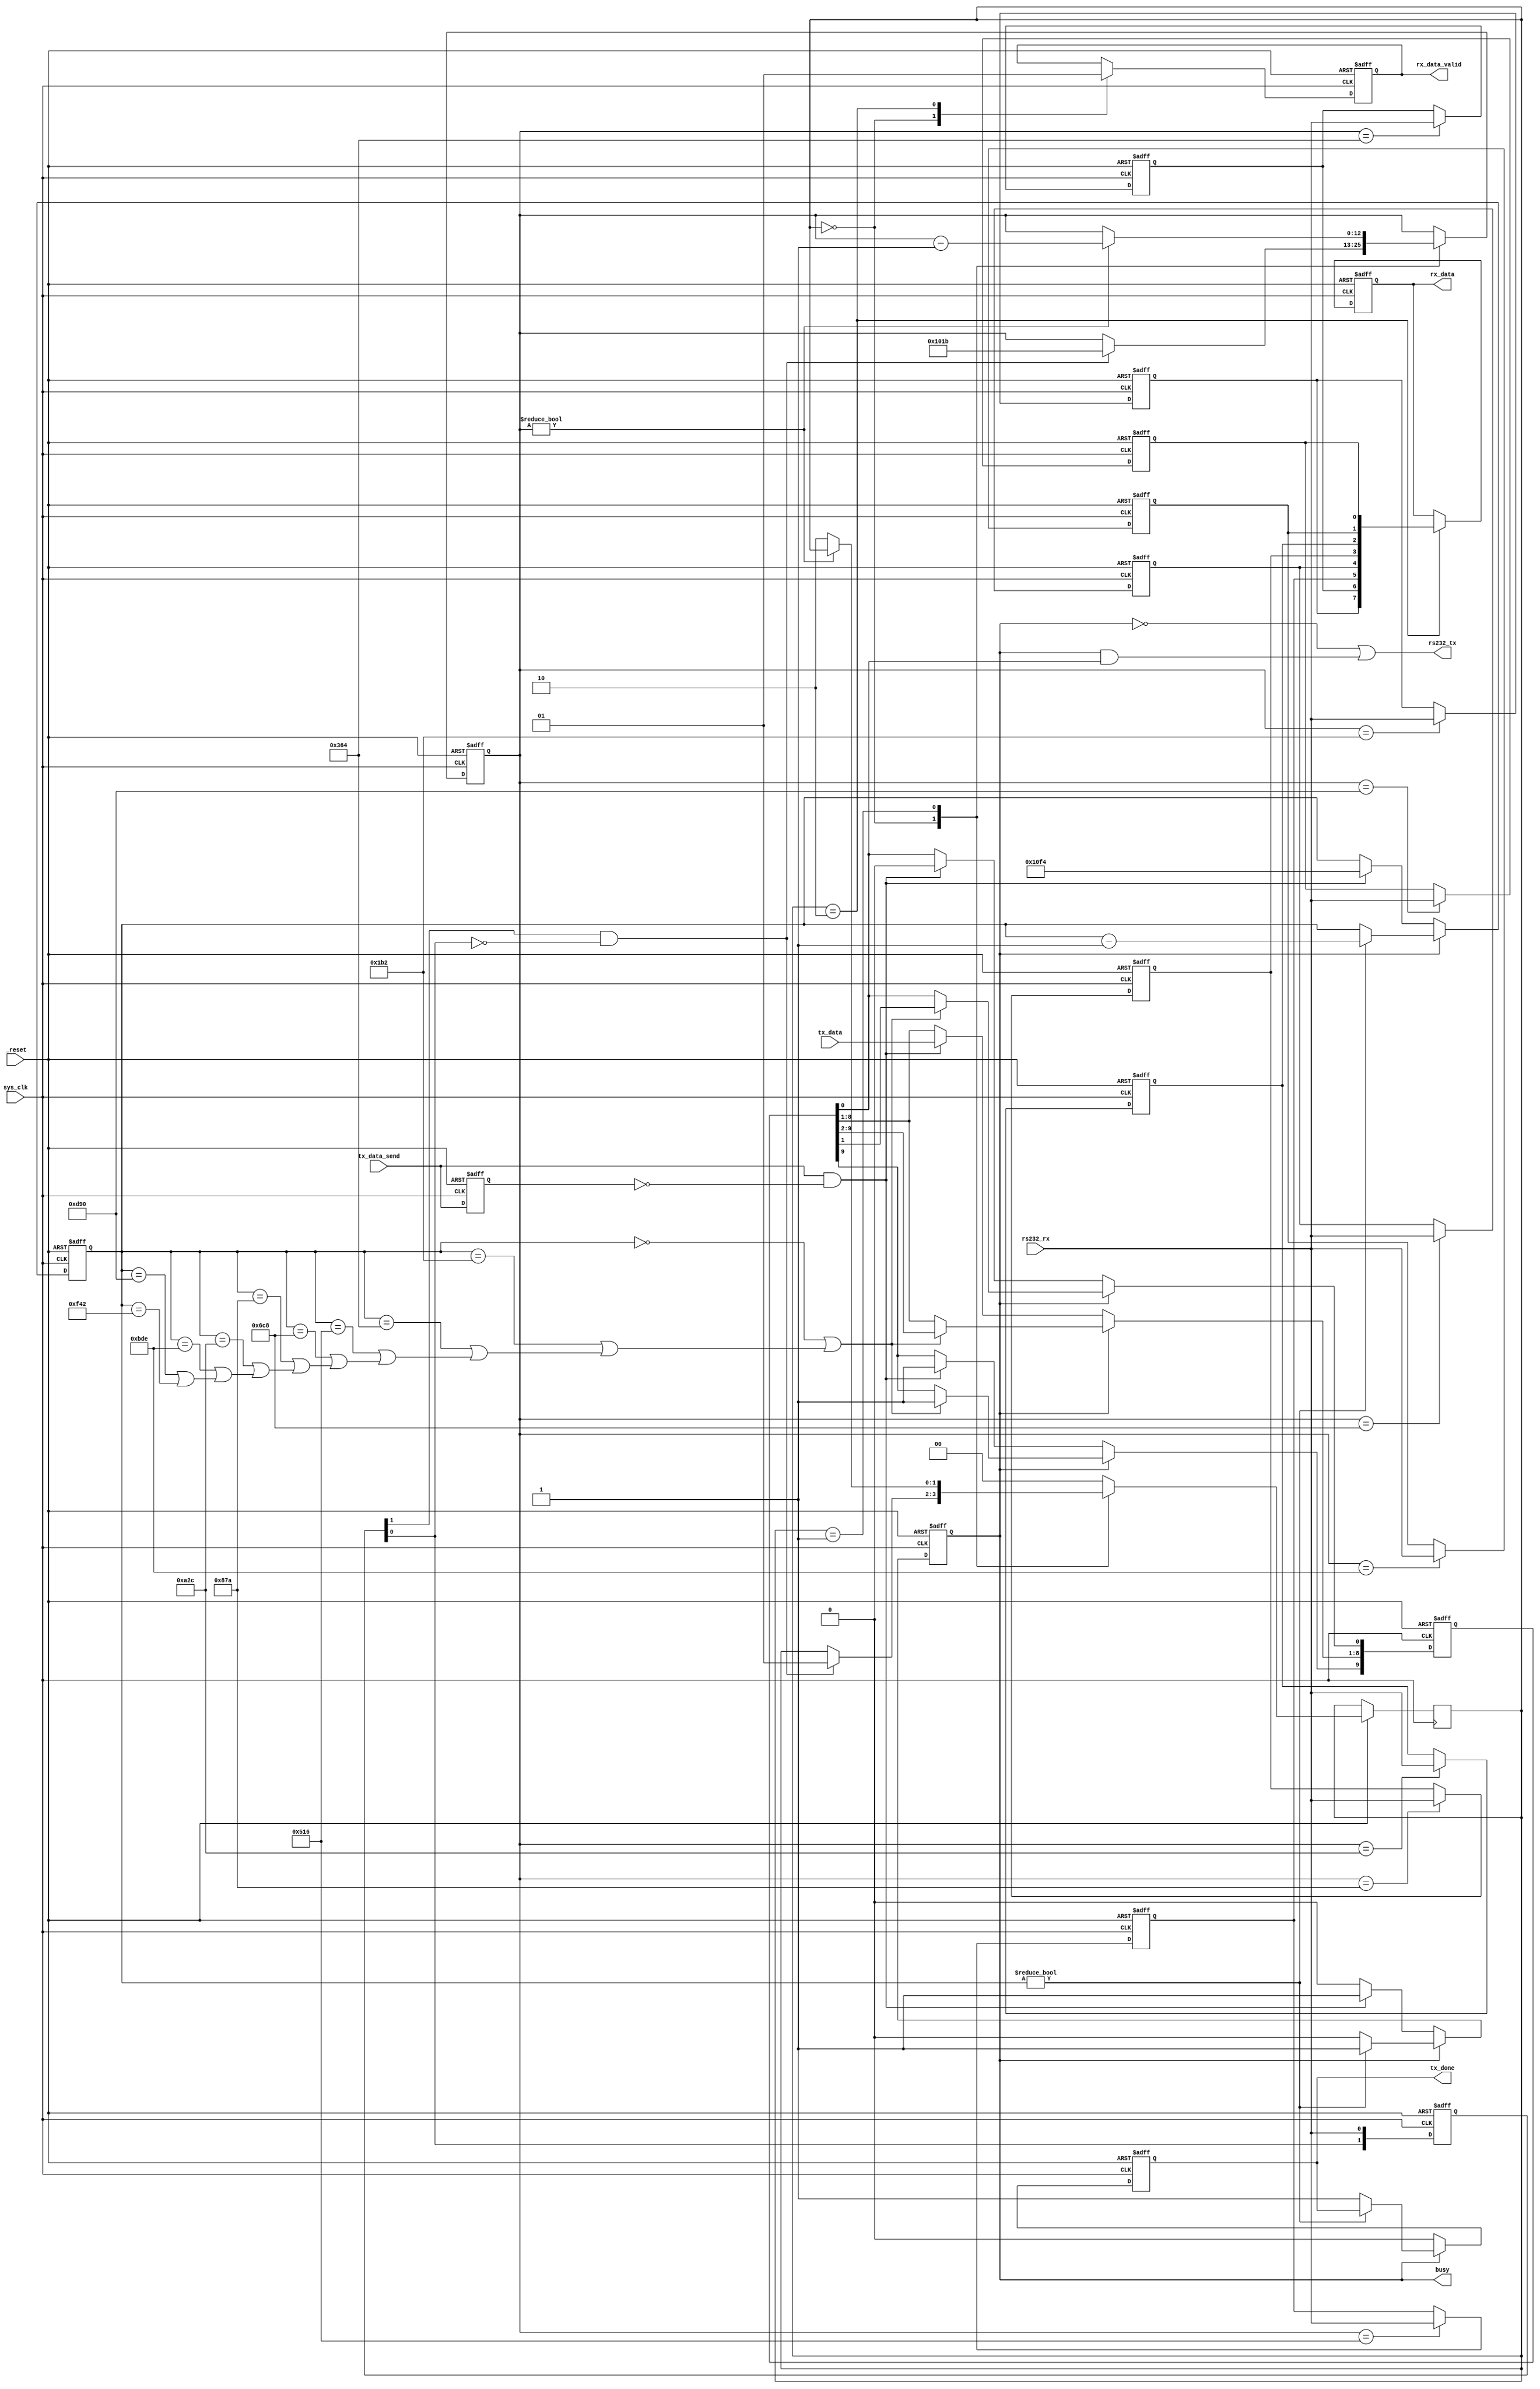
`timescale 1ns / 1ps
//////////////////////////////////////////////////////////////////////////////////
// A simple rs232 decoder
//
//////////////////////////////////////////////////////////////////////////////////

module fcl_uart_rs232
	//------------------------------------------------------
	//--				External Parameters			 	  --
	//------------------------------------------------------
#(
    parameter integer INPUT_CLOCK_SPEED = 50000000,
	parameter integer BAUD_RATE = 115200,
	parameter integer DATA_BITS = 8,
	parameter integer STOP_BITS = 1
)
	
	//------------------------------------------------------
	//--					Ports					 	  --
	//------------------------------------------------------
(
    input 	wire 			rs232_rx,
    output  wire			rs232_tx,
    output 	wire	[7:0] 	rx_data,
	output 	wire			rx_data_valid,
    input 	wire	[7:0] 	tx_data,
	input 	wire			tx_data_send,
	output 	wire			tx_done,
	output 	wire			busy,
    input 	wire			_reset,
    input 	wire			sys_clk
);
	
	
	//------------------------------------------------------
	//--				Local Parameters			 	  --
	//------------------------------------------------------
	localparam WHOLE_BIT_COUNT = INPUT_CLOCK_SPEED / BAUD_RATE;
	localparam HALF_BIT_COUNT = WHOLE_BIT_COUNT / 2;
	localparam COUNTER_WIDTH = clogb2(WHOLE_BIT_COUNT*(DATA_BITS+STOP_BITS+1));
	
	
	//------------------------------------------------------
	//--				Rx Path Variables			 	  --
	//------------------------------------------------------
	reg [(DATA_BITS-1):0] rx_data_reg;
	reg [(DATA_BITS-1):0] rx_data_buf;
	reg [1:0] rs232_rx_buf = 2'b11;
	wire rs232_rx_fe;
	reg rd_data_valid_buf;
	reg [(COUNTER_WIDTH-1):0] rx_counter;
	
	reg [1:0] rxsm_control;
	localparam  rxsm_idle = 0;
	localparam  rxsm_read = 1;
	localparam  rxsm_done = 2;
	
	
	//------------------------------------------------------
	//--				  Rx Path Logic 		 		  --
	//------------------------------------------------------
	//Falling edge on rs232 rx inticates the beginning of a packet
	always @(posedge sys_clk or negedge _reset) begin
		if (!_reset) begin
			rs232_rx_buf[1:0] <= 2'b11;
		end else begin
			rs232_rx_buf[0] <= rs232_rx;
			rs232_rx_buf[1] <= rs232_rx_buf[0];
		end
	end
	
	assign rs232_rx_fe = rs232_rx_buf[1] && !rs232_rx_buf[0];

    //State Machine
	always @(posedge sys_clk or negedge _reset) begin
        if (!_reset) begin
			  rx_data_buf[7:0] <= 8'h00;
			  rd_data_valid_buf <= 1'b0;
			  rx_counter <= WHOLE_BIT_COUNT*(DATA_BITS+2);
        end else begin
				case(rxsm_control)
					rxsm_idle: begin
						if (rs232_rx_fe) begin
							rxsm_control <= rxsm_read;
							rx_counter <= WHOLE_BIT_COUNT*(DATA_BITS+1) + HALF_BIT_COUNT;
						end
						rd_data_valid_buf <= 1'b0;
					end
					rxsm_read: begin
						if (rx_counter != 0)  rx_counter <= rx_counter - 1'b1;
						else rxsm_control <= rxsm_done;
					end
					rxsm_done: begin
						rx_data_buf[7:0] <= rx_data_reg[7:0];
						rd_data_valid_buf <= 1'b1;
						rxsm_control <= rxsm_idle;
					end
					default: rxsm_control <= rxsm_idle;
				endcase
        end
	end

   genvar i;
   generate
      for (i=0; i < 8; i = i+1)  begin: rx_read_enables
			always @(posedge sys_clk or negedge _reset) begin
				if (!_reset) begin
					rx_data_reg[i] <= 1'b0;
				end else begin
					if (rx_counter==((WHOLE_BIT_COUNT*(DATA_BITS+1) + HALF_BIT_COUNT) - (WHOLE_BIT_COUNT*(i+1)) - HALF_BIT_COUNT))  rx_data_reg[i] <= rs232_rx;
				end
			end
      end
   endgenerate
		
	assign rx_data[7:0] = rx_data_buf[7:0];
	assign rx_data_valid = rd_data_valid_buf;

	
	//------------------------------------------------------
	//--				Tx Path Variables			 	  --
	//------------------------------------------------------
	reg [9:0] tx_data_packet;
	reg [(COUNTER_WIDTH-1):0] tx_counter;
	reg tx_busy;
	wire [9:0] tx_shift_condition;
	
	wire tx_data_send_re;
	reg tx_data_send_buf;
	reg tx_done_reg;
	
	
	//------------------------------------------------------
	//--				  Tx Path Logic 		 		  --
	//------------------------------------------------------
	always @(posedge sys_clk or negedge _reset) begin
		if (!_reset) begin
			tx_data_send_buf <= 1'b0;
		end else begin
			tx_data_send_buf <= tx_data_send;
		end
	end
	
	assign tx_data_send_re = tx_data_send && !tx_data_send_buf;
	
	
	always @(posedge sys_clk or negedge _reset) begin
		if (!_reset) begin
			tx_data_packet <= 10'b0000000000;
			tx_counter <= ((DATA_BITS+STOP_BITS+1)*WHOLE_BIT_COUNT);
			tx_busy <= 1'b0;
			tx_done_reg <= 1'b0;
		end else begin
			if (tx_busy) begin
				if (tx_counter != 0)  tx_counter <= tx_counter - 1'b1;
				else begin
					tx_done_reg <= 1'b1;
					tx_busy <= 1'b0;
				end
				if (tx_shift_condition[9])  begin
					tx_data_packet[8:0] <= tx_data_packet[9:1];
					tx_data_packet[9] <= 1'b1;
				end
			end
			else begin
				tx_done_reg <= 1'b0;
				if (tx_data_send_re) begin
					tx_data_packet[0] <= 1'b0;
					tx_data_packet[8:1] <= tx_data[7:0];
					tx_data_packet[9] <= 1'b1;
					tx_busy <= 1'b1;
					tx_counter <= ((DATA_BITS+STOP_BITS+1)*WHOLE_BIT_COUNT);
				end
			end
		end
	end

	generate
      for (i=0; i < (DATA_BITS+STOP_BITS+1); i = i+1)  begin: tx_shift_conditions
			if (i==0)  assign tx_shift_condition[i] = (tx_counter==((WHOLE_BIT_COUNT*(DATA_BITS+STOP_BITS+1)) - (WHOLE_BIT_COUNT*(i+1))));
			else assign tx_shift_condition[i] = (tx_counter==((WHOLE_BIT_COUNT*(DATA_BITS+STOP_BITS+1)) - (WHOLE_BIT_COUNT*(i+1)))) || tx_shift_condition[i-1];
      end
	endgenerate
		
	assign rs232_tx = !tx_busy || (tx_busy && tx_data_packet[0]);
	assign busy = tx_busy;
	assign tx_done = tx_done_reg;

	function integer clogb2;input [31:0] value;
		for (clogb2=0; value>0; clogb2=clogb2+1)
		value = value>>1;
	endfunction

endmodule